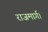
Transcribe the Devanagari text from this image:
राजमार्ग।